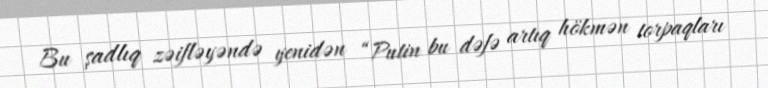
Bu şadlıq zəifləyəndə yenidən “Putin bu dəfə artıq hökmən torpaqları